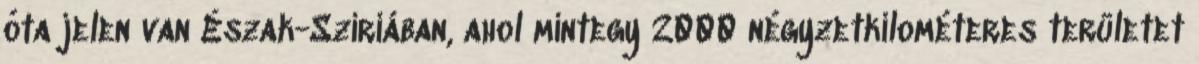
óta jelen van Észak-Szíriában, ahol mintegy 2000 négyzetkilométeres területet